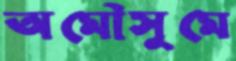
অমৌসুমে